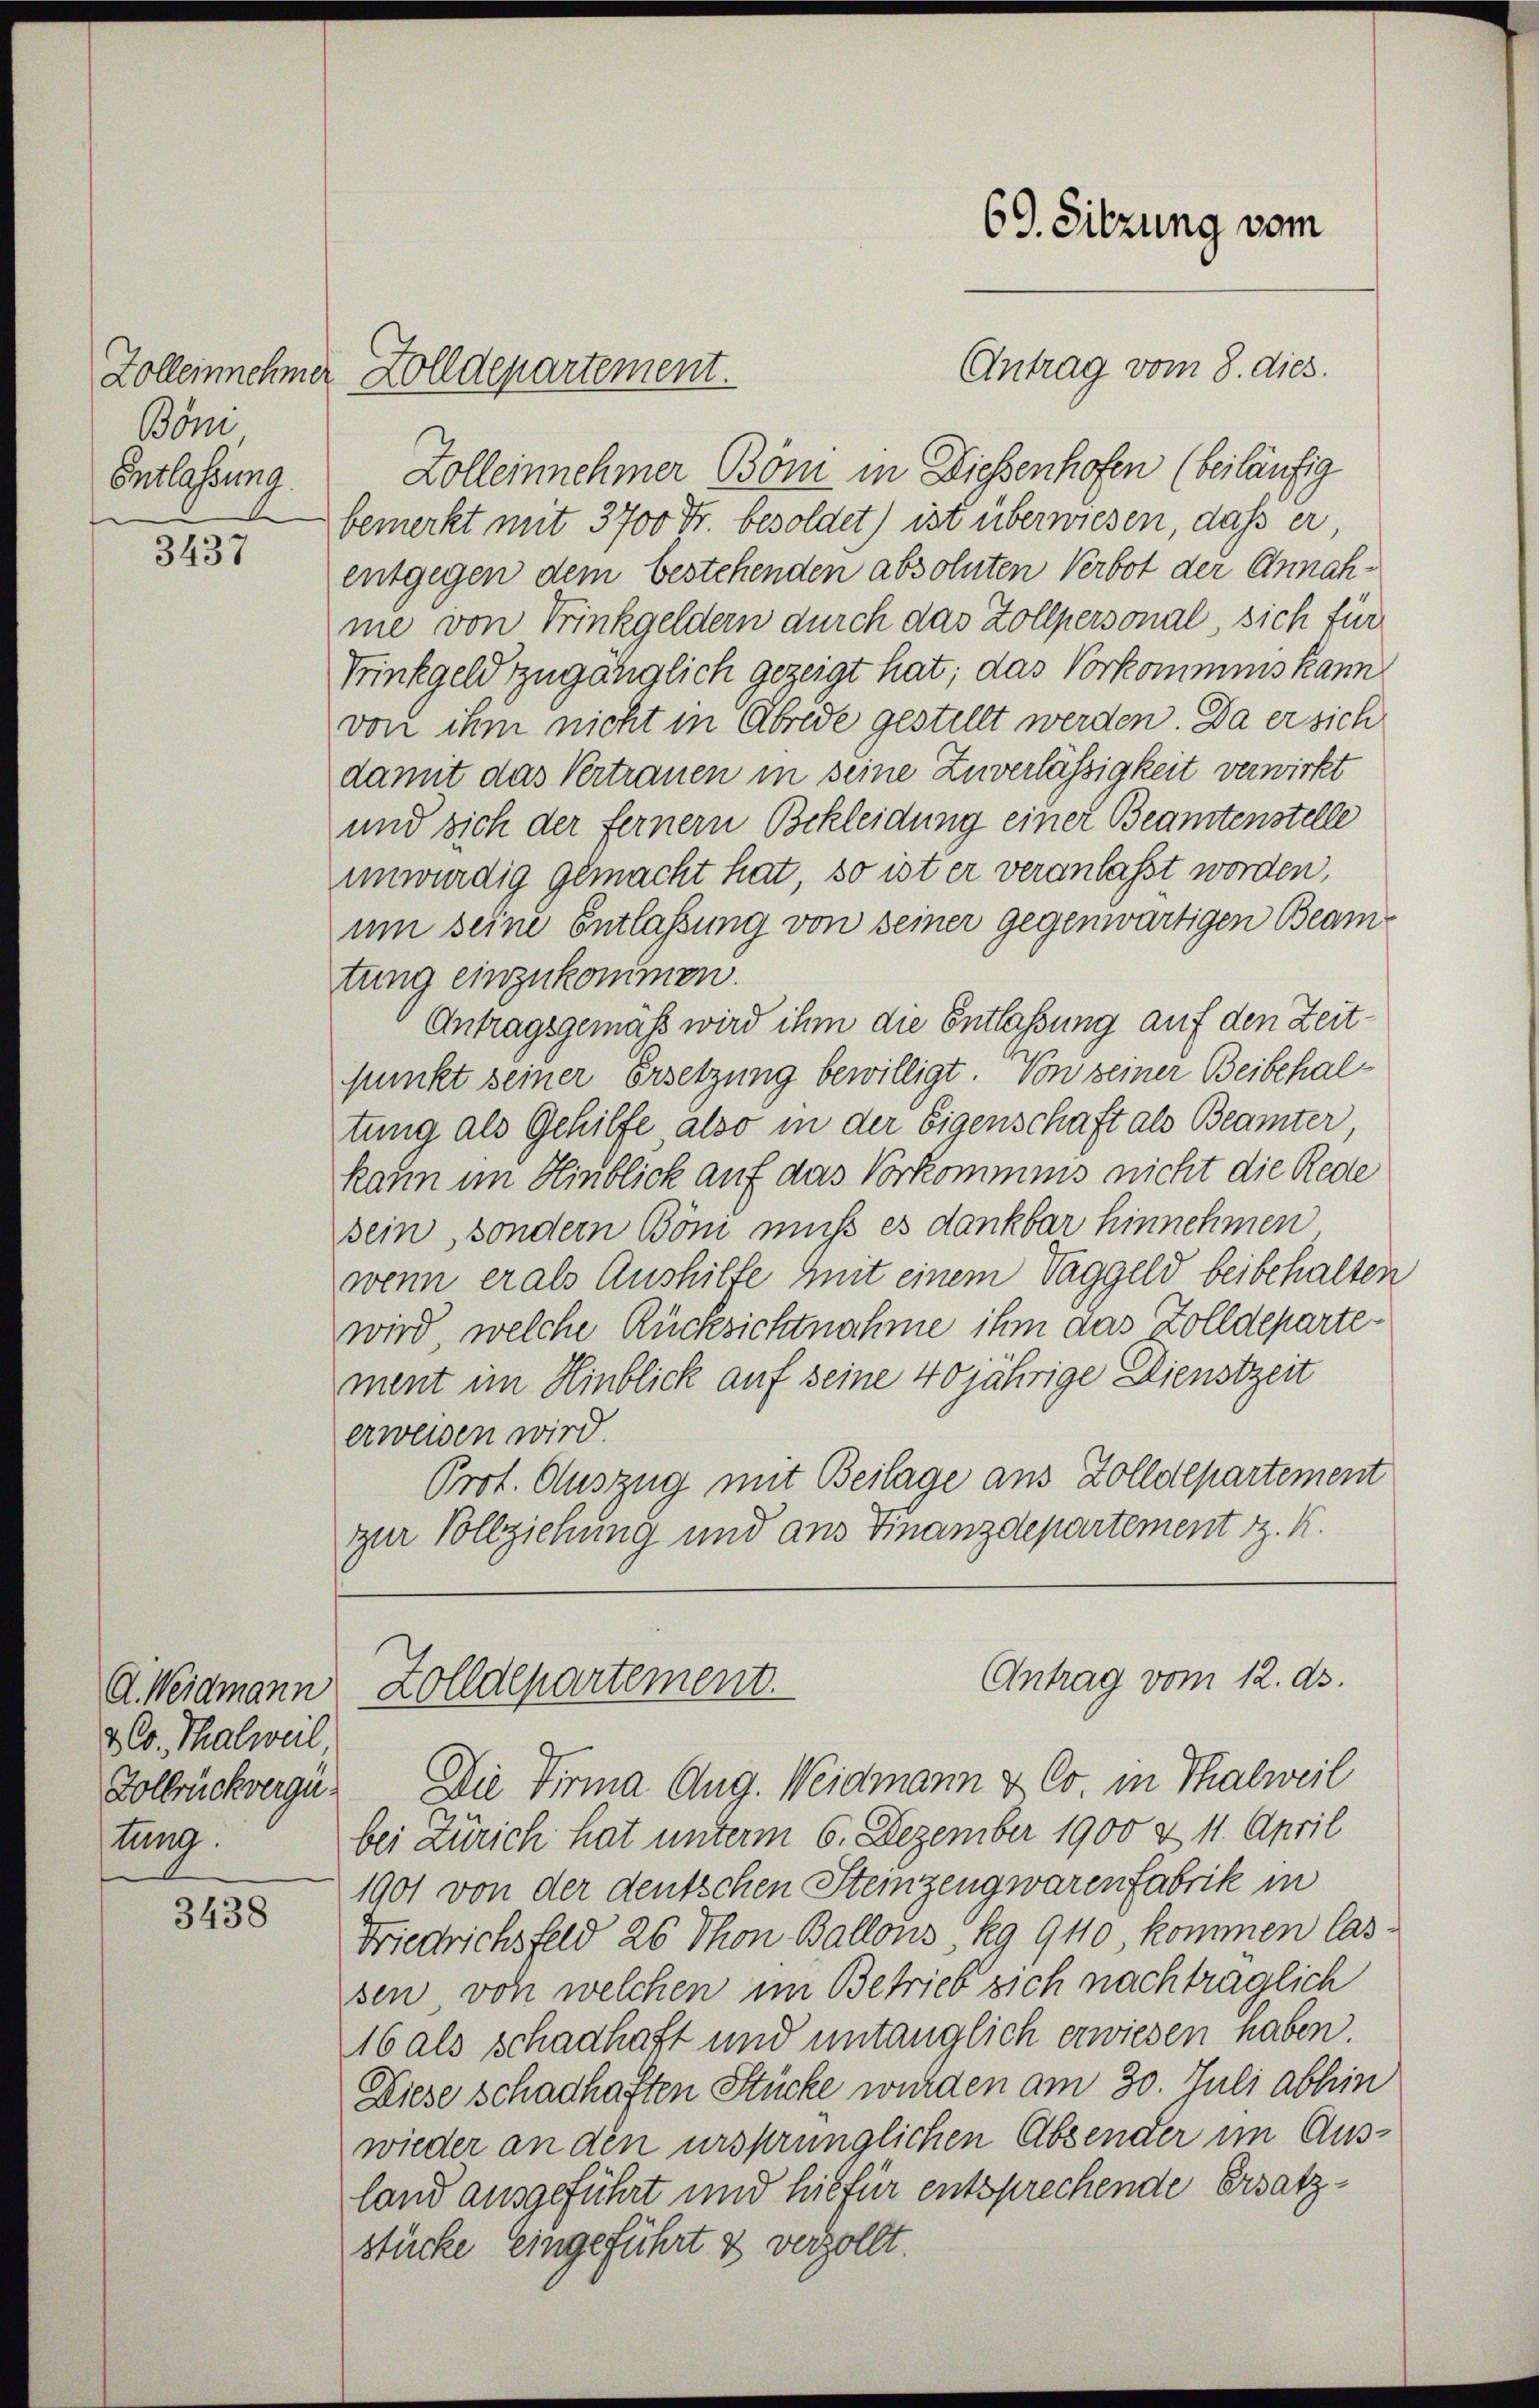
Zolleinnehmer
Böni
Entlassung

3437

A. Weidmann
& Co. Thalweil
Golbrückvergüstung.

3438

Antrag vom 8. dies
Zolleinnehmer Böni in Dießenhofen (beiläufig
bemerkt mit 3700 Fr. besoldet) ist überwiesen, daß er,
entgegen dem bestehenden absoluten Verbot der Annahme von Trinkgeldern durch das Zollpersonal, sich für
Trinkgeld zugänglich gezeigt hat; das Vorkommens kann
von ihm nicht in Abrede gestellt werden. Da er sich
damit das Vertrauen in seine Zuverlässigkeit verwirkt
und sich der ferner Bekleidung einer Beamtenstelle
unwürdig gemacht hat, so ist er veranlasst worden,
um seine Entlassung von seiner gegenwärtigen Beamtung einzukommen.
Antragsgemäß wird ihm die Entlaßung auf den Zeitpunkt seiner Ersetzung bewilligt. Von seiner Beibehaltung als Gehilfe also in der Eigenschaft als Beamter,
kann im Hinblick auf das Vorkommnis nicht die Rede
sein, sondern Böm muß es dankbar hinnehmen
wenn er als Aushilfe mit einem Taggeld beibehalten
wird, welche Rücksichtnahme ihm das Zolldepartement im Hinblick auf seine 40jährige Dienstzeit
erweisen wird.
Prot. Auszug mit Beilage aus Zolldepartement
zur Vollziehung und aus Finanzdepartement z. K.

Zolldepartement.

69. Sitzung vom

Antrag vom 12. ds.
Zolldepartement.

Die Firma Aug. Weidmann & Co. in Thalweil
bei Zürich hat unterm 6. Dezember 1900 & 11. April
1901 von der deutschen Steinzengwarenfabrik in
Fiedrichsfeld 26 Thon Ballons Rg 940, kommen lassen von welchen im Betrieb sich nachträglich
16 als schadhaft und untauglich erwiesen haben
Diese schadhaften Stücke wurden am 30. Juli abhin
wieder an den ursprünglichen Absender im Ausland ausgeführt und hiefür entsprechende Ersatzstücke eingeführt & verzollt.